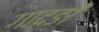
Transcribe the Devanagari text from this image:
गादङी